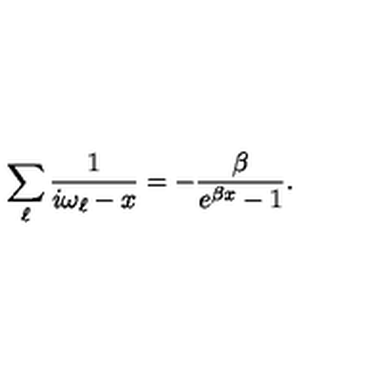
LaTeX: \sum _ { \ell } \frac { 1 } { i \omega _ { \ell } - x } = - \frac { \beta } { e ^ { \beta x } - 1 } .